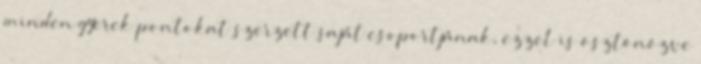
minden gyerek pontokat szerzett saját csoportjának, ezzel is ösztönözve